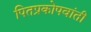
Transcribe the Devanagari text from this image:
पितप्रकोपवांती